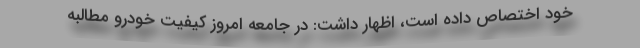
خود اختصاص داده است، اظهار داشت: در جامعه امروز کیفیت خودرو مطالبه